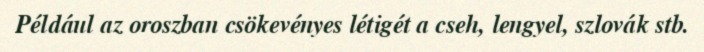
Például az oroszban csökevényes létigét a cseh, lengyel, szlovák stb.